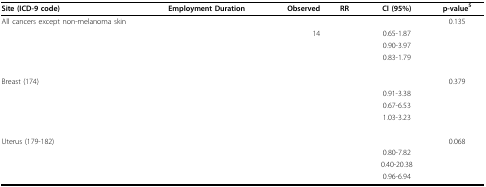
<table><thead><tr><td><b>Site (ICD-9 code)</b></td><td><b>Employment Duration</b></td><td><b>Observed</b></td><td><b>RR</b></td><td><b>CI (95%)</b></td><td><b>p-value<sup>5</sup></b></td></tr></thead><tbody><tr><td>All cancers except non-melanoma skin</td><td>[EMPTY_CELL]</td><td>[EMPTY_CELL]</td><td>[EMPTY_CELL]</td><td>[EMPTY_CELL]</td><td>0.135</td></tr><tr><td>[EMPTY_CELL]</td><td>[EMPTY_CELL]</td><td>14</td><td>[EMPTY_CELL]</td><td>0.65-1.87</td><td>[EMPTY_CELL]</td></tr><tr><td>[EMPTY_CELL]</td><td>[EMPTY_CELL]</td><td>[EMPTY_CELL]</td><td>[EMPTY_CELL]</td><td>0.90-3.97</td><td>[EMPTY_CELL]</td></tr><tr><td>[EMPTY_CELL]</td><td>[EMPTY_CELL]</td><td>[EMPTY_CELL]</td><td>[EMPTY_CELL]</td><td>0.83-1.79</td><td>[EMPTY_CELL]</td></tr><tr><td>Breast (174)</td><td>[EMPTY_CELL]</td><td>[EMPTY_CELL]</td><td>[EMPTY_CELL]</td><td>[EMPTY_CELL]</td><td>0.379</td></tr><tr><td>[EMPTY_CELL]</td><td>[EMPTY_CELL]</td><td>[EMPTY_CELL]</td><td>[EMPTY_CELL]</td><td>0.91-3.38</td><td>[EMPTY_CELL]</td></tr><tr><td>[EMPTY_CELL]</td><td>[EMPTY_CELL]</td><td>[EMPTY_CELL]</td><td>[EMPTY_CELL]</td><td>0.67-6.53</td><td>[EMPTY_CELL]</td></tr><tr><td>[EMPTY_CELL]</td><td>[EMPTY_CELL]</td><td>[EMPTY_CELL]</td><td>[EMPTY_CELL]</td><td>1.03-3.23</td><td>[EMPTY_CELL]</td></tr><tr><td>Uterus (179-182)</td><td>[EMPTY_CELL]</td><td>[EMPTY_CELL]</td><td>[EMPTY_CELL]</td><td>[EMPTY_CELL]</td><td>0.068</td></tr><tr><td>[EMPTY_CELL]</td><td>[EMPTY_CELL]</td><td>[EMPTY_CELL]</td><td>[EMPTY_CELL]</td><td>0.80-7.82</td><td>[EMPTY_CELL]</td></tr><tr><td>[EMPTY_CELL]</td><td>[EMPTY_CELL]</td><td>[EMPTY_CELL]</td><td>[EMPTY_CELL]</td><td>0.40-20.38</td><td>[EMPTY_CELL]</td></tr><tr><td>[EMPTY_CELL]</td><td>[EMPTY_CELL]</td><td>[EMPTY_CELL]</td><td>[EMPTY_CELL]</td><td>0.96-6.94</td><td>[EMPTY_CELL]</td></tr></tbody></table>